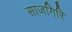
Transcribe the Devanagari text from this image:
साजगिरि